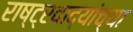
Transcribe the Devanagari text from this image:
राष्ट्रवाद्यांच्या